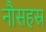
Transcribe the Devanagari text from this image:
नौसहस्र